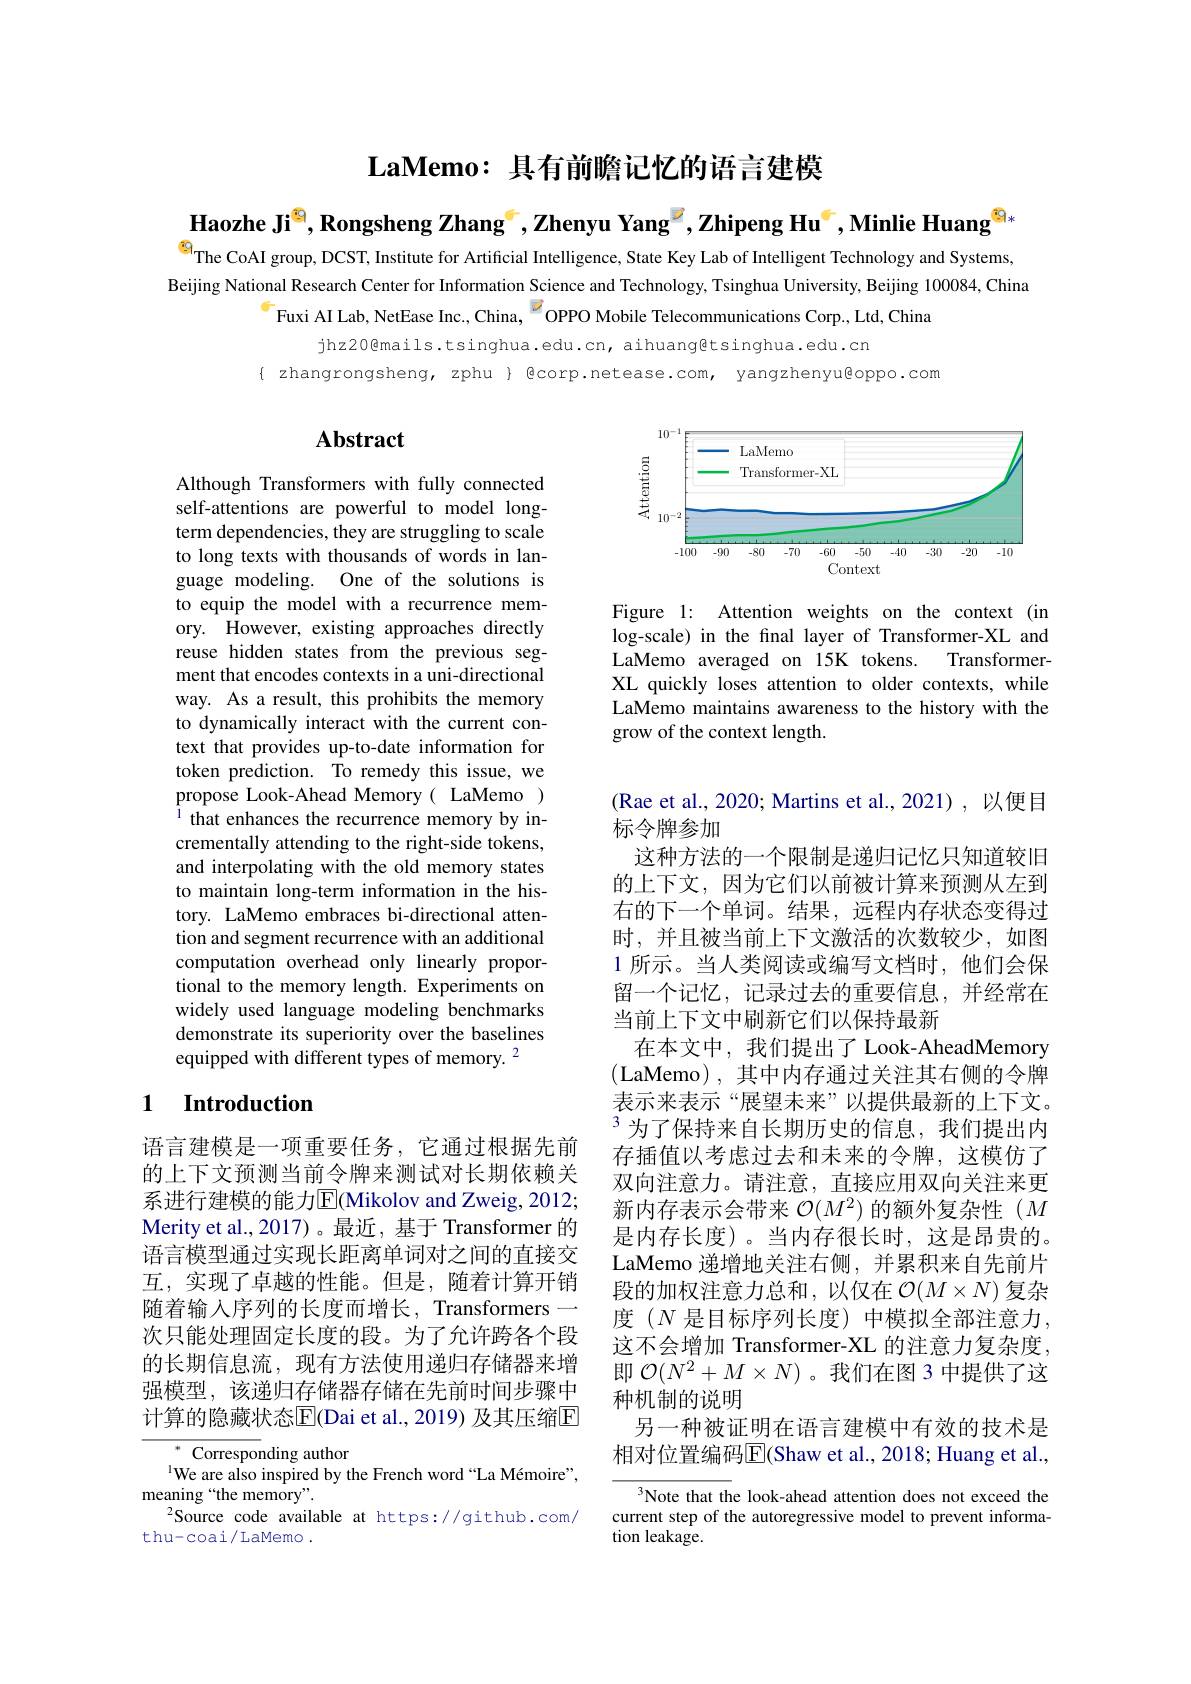
$\textbf{LaMemo: 具 有 前 瞻 记 忆 的 语 言 建 模 }$

$\textbf{Haozhe Ji}^{\textcircled{\mathrm{e}}}$, Rongsheng Zhang$^\epsilon,\text{Zhenyu Yang}^{\textcircled{\mathrm{e}}},\textbf{Zhipeng Hu}^{\epsilon}$,Minlie Huang$^{\textcircled{\mathrm{e}}}$

$^{\textcircled{\mathrm{G}}}$The CoAI group, DCST, Institute for Artificial Intelligence, State Key Lab of Intelligent Technology and Systems, Beijing National Research Center for Information Science and Technology, Tsinghua University, Beijing 100084, China
$^{6}$Fuxi AI Lab, NetEase Inc., China, $^{\textcircled{7}}$OPPO Mobile Telecommunications Corp., Ltd, China

jhz20@mails.tsinghua.edu.cn, aihuang@tsinghua.edu.cn
$\{ zhangrongsheng, zphu \} Qcorp.netease.com, yangzhenyu@oppo.com$

# Abstract

<FigureHere>

Figure 1: Attention weights on the context (in log-scale) in the final layer of Transformer-XL and LaMemo averaged on 15K tokens. TransformerXL quickly loses attention to older contexts, while LaMemo maintains awareness to the history with the grow of the context length.

Although Transformers with fully connected self-attentions are powerful to model longterm dependencies, they are struggling to scale to long texts with thousands of words in language modeling. One of the solutions is to equip the model with a recurrence memory. However, existing approaches directly reuse hidden states from the previous segment that encodes contexts in a uni-directional way. As a result, this prohibits the memory to dynamically interact with the current context that provides up-to-date information for token prediction. To remedy this issue, we propose Look-Ahead Memory( LaMemo ) that enhances the recurrence memory by incrementally attending to the right-side tokens, and interpolating with the old memory states to maintain long-term information in the history. LaMemo embraces bi-directional attention and segment recurrence with an additional computation overhead only linearly proportional to the memory length. Experiments on widely used language modeling benchmarks demonstrate its superiority over the baselines equipped with different types of memory. 2

## 1 $\textbf{Introduction}$

(Rae et al., 2020; Martins et al., 2021), 以便目
标令牌参加
这种方法的一个限制是递归记忆只知道较旧的上下文，因为它们以前被计算来预测从左到右的下一个单词。结果，远程内存状态变得过时，并且被当前上下文激活的次数较少，如图1 所示。当人类阅读或编写文档时，他们会保留一个记忆，记录过去的重要信息，并经常在当前上下文中刷新它们以保持最新
在本文中，我们提出了 Look-AheadMemory (LaMemo),其中内存通过关注其右侧的令牌表示来表示“展望未来”以提供最新的上下文。$^3$为了保持来自长期历史的信息，我们提出内存插值以考虑过去和未来的令牌，这模仿了双向注意力。请注意，直接应用双向关注来更新内存表示会带来$\mathcal{O}(M^2)$的额外复杂性($M$ 是内存长度)。当内存很长时，这是昂贵的。LaMemo 递增地关注右侧，并累积来自先前片段的加权注意力总和，以仅在$\mathcal{O}(M\times N)$复杂度 $(N$ 是目标序列长度)中模拟全部注意力， 这不会增加 Transformer-XL 的注意力复杂度， 即$\mathcal{O}(N^2+M\times N)$。我们在图 3 中提供了这种机制的说明
另一种被证明在语言建模中有效的技术是相对位置编码$\overline{\mathrm{E}}$(Shaw et al., 2018; Huang et al.,

语言建模是一项重要任务，它通过根据先前的上下文预测当前令牌来测试对长期依赖关系进行建模的能力$\operatorname{E}$(Mikolov and Zweig, 2012; Merity et al., 2017)。最近，基于 Transformer 的语言模型通过实现长距离单词对之间的直接交互，实现了卓越的性能。但是，随着计算开销随着输入序列的长度而增长，Transformers— 次只能处理固定长度的段。为了允许跨各个段的长期信息流，现有方法使用递归存储器来增强模型，该递归存储器存储在先前时间步骤中计算的隐藏状态$\overline{\mathrm{E}}$(Dai et al., 2019) 及其压缩$\mathbb{E}$

$^{*}$Corresponding author
$^{\text{l}}\ddot{\text{We are also inspired by the French word“La Mémoire”,}}$
meaning“the memory”.
Source code available at https://github.com/
thu-coai/LaMemo .

${^3\text{Note that the look-ahead attention does not exceed the}}$ current step of the autoregressive model to prevent information leakage.